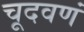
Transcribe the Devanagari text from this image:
चूदवणं